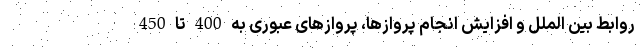
روابط بین الملل و افزایش انجام پروازها، پروازهای عبوری به 400 تا 450